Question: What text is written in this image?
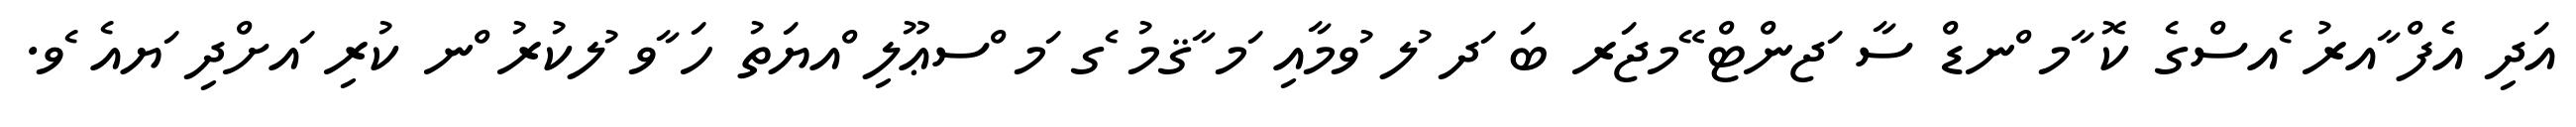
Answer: އަދި އެފް ާއރު ެއސްގެ ކޮ ާމ ްނޑް ސާ ަޖންޓް ޭމޖަރ ބަ ަދ ުލ ުވމާއި ަމ ާޤމު ެގ ަމ ްސޢޫލި ްއޔަތު ހަ ާވ ުލކުރު ްނ ކުރި ައށްދި ަޔއެ ެވ.